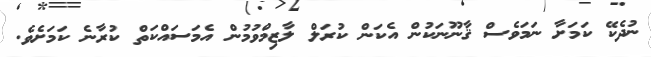
ނުދެކޭ ކަމަށާ ނަމަވެސް ޤާނޫނަކުން އެކަން ކުރަލް ލާޒިމްވުމުން އެމަސައްކަތް ކުރާނެ ކަމަށެވެ.